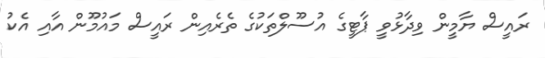
ރައީސް ޔާމީން ވިދާޅުވީ ޕާޓީގެ އުސޫލްތަކުގެ ތެރެއިން ރައީސް މައުމޫން އާއި އެކު